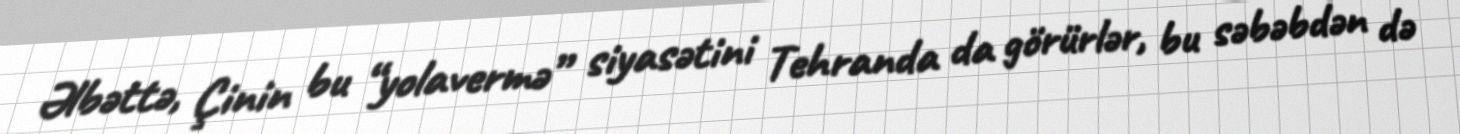
Əlbəttə, Çinin bu “yolavermə” siyasətini Tehranda da görürlər, bu səbəbdən də